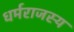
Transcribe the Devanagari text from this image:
धर्मराजस्य